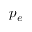
p _ { e }